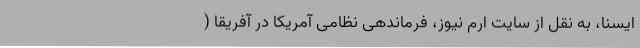
ایسنا، به نقل از سایت ارم نیوز، فرماندهی نظامی آمریکا در آفریقا (